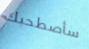
سأصطحبك